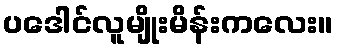
ပဒေါင်လူမျိုးမိန်းကလေး။